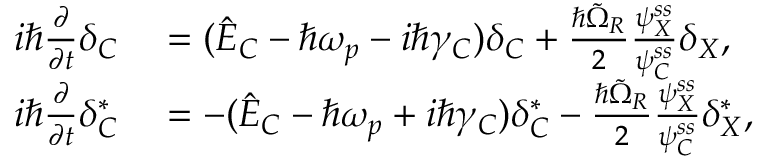
\begin{array} { r l } { i \hbar \frac { \partial } { \partial t } \delta _ { C } } & { { } = ( \hat { E } _ { C } - \hbar \omega _ { p } - i \hbar \gamma _ { C } ) \delta _ { C } + \frac { \hbar \tilde { \Omega } _ { R } } { 2 } \frac { \psi _ { X } ^ { s s } } { \psi _ { C } ^ { s s } } \delta _ { X } , } \\ { i \hbar \frac { \partial } { \partial t } \delta _ { C } ^ { * } } & { { } = - ( \hat { E } _ { C } - \hbar \omega _ { p } + i \hbar \gamma _ { C } ) \delta _ { C } ^ { * } - \frac { \hbar \tilde { \Omega } _ { R } } { 2 } \frac { \psi _ { X } ^ { s s } } { \psi _ { C } ^ { s s } } \delta _ { X } ^ { * } , } \end{array}